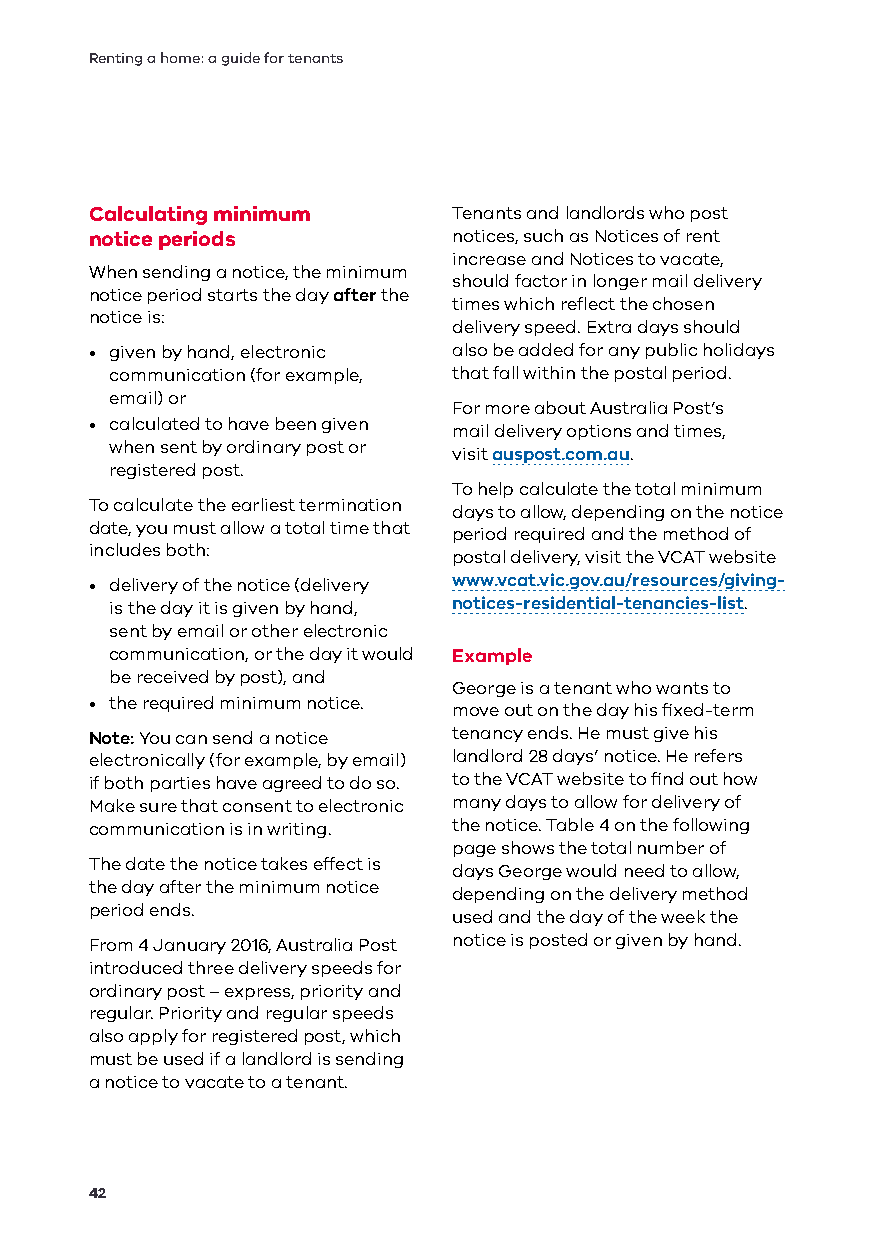
Renting a home: a guide for tenants
 Calculating minimum     Tenants and landlords who post
 notice periods          notices, such as Notices of rent
 increase and Notices to vacate,
 When sending a notice, the minimum
 should factor in longer mail delivery
 notice period starts the day after the
 times which reflect the chosen
 notice is:
 delivery speed. Extra days should
 • given by hand, electronic also be added for any public holidays
 communication (for example, that fall within the postal period.
 email) or
 For more about Australia Post’s
 • calculated to have been given
 mail delivery options and times,
 when sent by ordinary post or
 visit auspost.com.au.
 registered post.
 To help calculate the total minimum
 To calculate the earliest termination
 days to allow, depending on the notice
 date, you must allow a total time that
 period required and the method of
 includes both:
 postal delivery, visit the VCAT website
 • delivery of the notice (delivery www.vcat.vic.gov.au/resources/giving-
 is the day it is given by hand, notices-residential-tenancies-list.
 sent by email or other electronic
 communication, or the day it would Example
 be received by post), and
 George is a tenant who wants to
 • the required minimum notice.
 move out on the day his fixed-term
 Note: You can send a notice tenancy ends. He must give his
 electronically (for example, by email) landlord 28 days’ notice. He refers
 if both parties have agreed to do so. to the VCAT website to find out how
 Make sure that consent to electronic many days to allow for delivery of
 communication is in writing. the notice. Table 4 on the following
 page shows the total number of
 The date the notice takes effect is
 days George would need to allow,
 the day after the minimum notice
 depending on the delivery method
 period ends.
 used and the day of the week the
 From 4 January 2016, Australia Post notice is posted or given by hand.
 introduced three delivery speeds for
 ordinary post – express, priority and
 regular. Priority and regular speeds
 also apply for registered post, which
 must be used if a landlord is sending
 a notice to vacate to a tenant.
 42